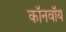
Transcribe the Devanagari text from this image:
कॉनवॉय